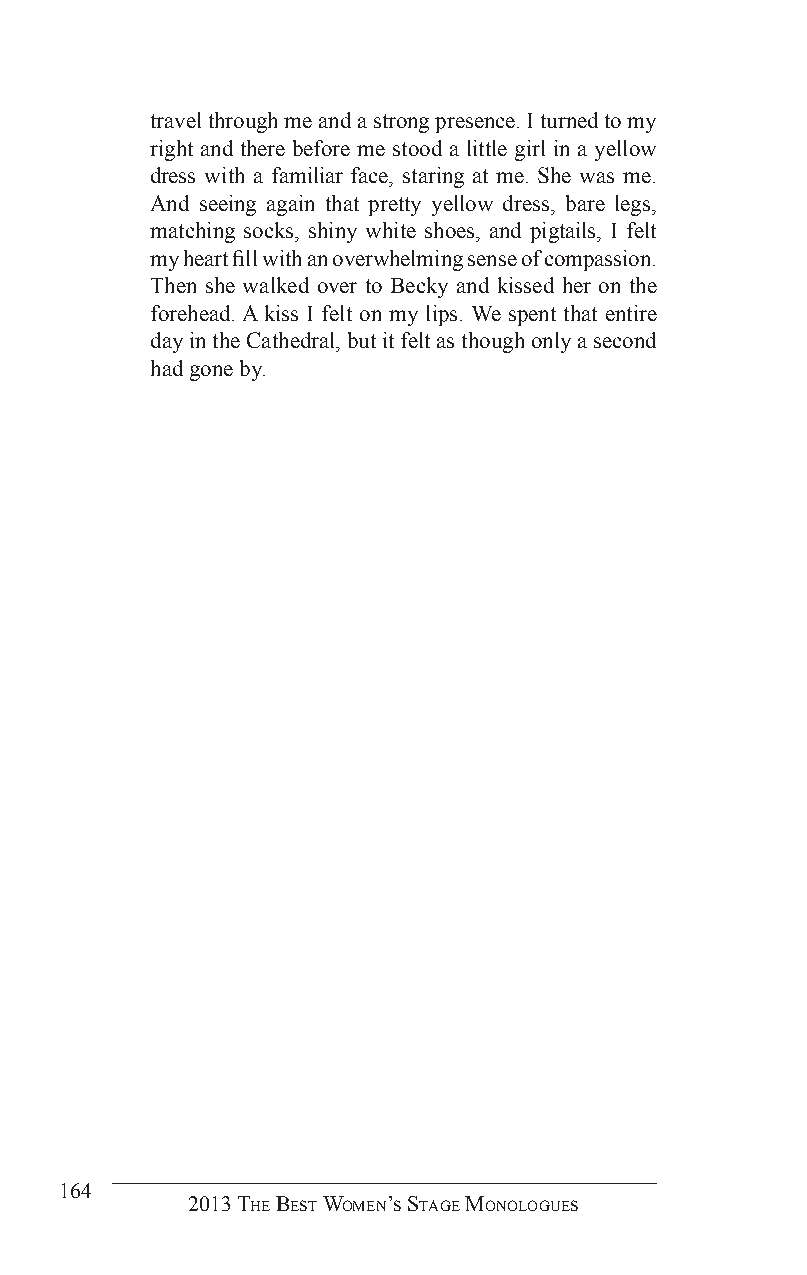
travel through me and a strong presence. I turned to my
 right and there before me stood a little girl in a yellow
 dress with a familiar face, staring at me. She was me.
 And seeing again that pretty yellow dress, bare legs,
 matching socks, shiny white shoes, and pigtails, I felt
 my heart fill with an overwhelming sense of compassion.
 Then she walked over to Becky and kissed her on the
 forehead. A kiss I felt on my lips. We spent that entire
 day in the Cathedral, but it felt as though only a second
 had gone by.
 164
 2013 The BesT Women’s sTage monologues